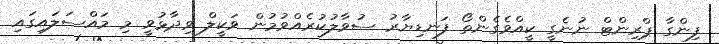
ފިންގާ ޕްރިންޓް ނުނެގީ ކީއްވެގެންތޯ ފަނޑިޔާރު ސުވާލުކުރެއްވުމުން ވަކީލް ވިދާޅުވީ މި މައްސަލައިގައި